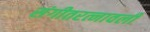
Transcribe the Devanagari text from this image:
संगीतरत्नावली